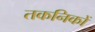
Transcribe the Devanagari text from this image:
तकनिकों